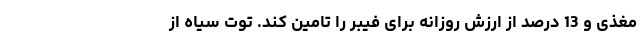
مغذی و 13 درصد از ارزش روزانه برای فیبر را تامین کند. توت سیاه از